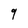
Character: 9